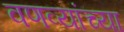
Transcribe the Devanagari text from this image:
वणव्यांच्या